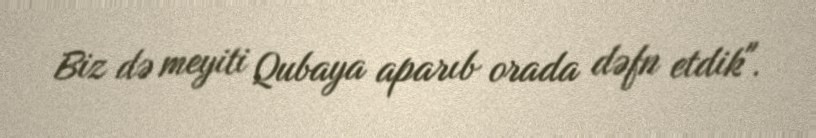
Biz də meyiti Qubaya aparıb orada dəfn etdik".